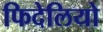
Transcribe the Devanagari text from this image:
फिदेलियो